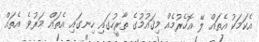
އެކަމަކު އެތައް ލޭ އޮހެރުމެއް މިޤައުމުގެ ތާރީހުގައި ހިނގައި އެތައް މަރުވެ އެތައް